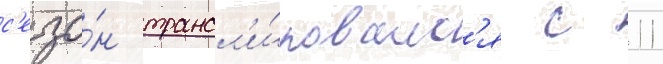
с'езо́н трансл'и́ровалс'я с 11